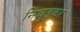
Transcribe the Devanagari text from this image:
निचुड़कर